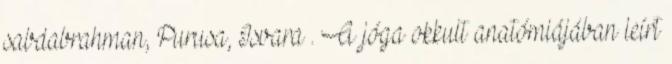
sabdabrahman, Purusa, Isvara . A jóga okkult anatómiájában leírt